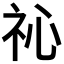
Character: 𥘚